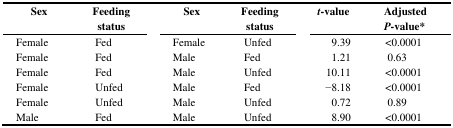
<table><thead><tr><td><b>Sex</b></td><td><b>Feeding status</b></td><td><b>Sex</b></td><td><b>Feeding status</b></td><td><b><i>t</i>-value</b></td><td><b>Adjusted <i>P</i>-value*</b></td></tr></thead><tbody><tr><td>Female</td><td>Fed</td><td>Female</td><td>Unfed</td><td>9.39</td><td>&lt;0.0001</td></tr><tr><td>Female</td><td>Fed</td><td>Male</td><td>Fed</td><td>1.21</td><td>0.63</td></tr><tr><td>Female</td><td>Fed</td><td>Male</td><td>Unfed</td><td>10.11</td><td>&lt;0.0001</td></tr><tr><td>Female</td><td>Unfed</td><td>Male</td><td>Fed</td><td>-8.18</td><td>&lt;0.0001</td></tr><tr><td>Female</td><td>Unfed</td><td>Male</td><td>Unfed</td><td>0.72</td><td>0.89</td></tr><tr><td>Male</td><td>Fed</td><td>Male</td><td>Unfed</td><td>8.90</td><td>&lt;0.0001</td></tr></tbody></table>